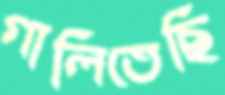
গালিতেছি